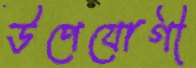
উপেযোগী